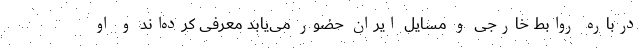
درباره روابط خارجی و مسایل ایران حضور می‌یابد معرفی کرده‌اند و او